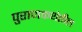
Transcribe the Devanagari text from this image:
पुराणकथेतील